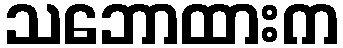
သဘောထားက